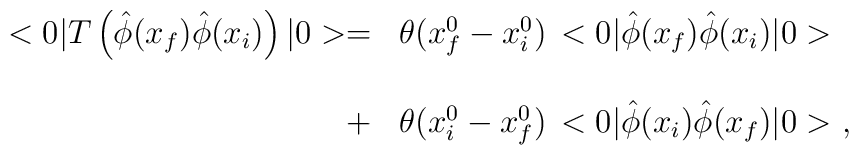
\begin{array}{r l}<0|T\left(\hat{\phi}(x_f)\hat{\phi}(x_i)\right)|0>=&\theta(x^0_f-x^0_i)\,<0|\hat{\phi}(x_f)\hat{\phi}(x_i)|0>\\ & \\+&\theta(x^0_i-x^0_f)\,<0|\hat{\phi}(x_i)\hat{\phi}(x_f)|0>\ ,\end{array}